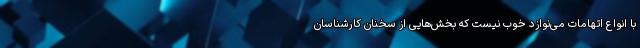
با انواع اتهامات می‌نوازد خوب نیست که بخش‌هایی از سخنان کارشناسان